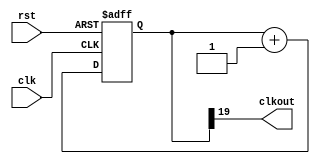
`timescale 1ns / 1ps
//////////////////////////////////////////////////////////////////////////////////
// Company: 
// Engineer: 
// 
// Design Name: 
// Module Name:    CLKDiv 
// Project Name: 
// Target Devices: 
// Tool versions: 
// Description: 
//
// Dependencies: 
//
// Revision: 
// Revision 0.01 - File Created
// Additional Comments: 
//
//////////////////////////////////////////////////////////////////////////////////
module CLKDiv(clk, clkout, rst);

input clk, rst;
output clkout;
//wire [3:0]count;
//wire [3:0]count_temp;
//reg clkout;
reg [19:0]count;

initial
begin
count = 0;
end

always@(posedge clk or posedge rst)
	begin
		if(rst) count = 20'b0;
		else count = count + 20'b1;
		
		//count = count_temp;

		
	end 
	assign clkout = count[19];
//stable versionm
endmodule